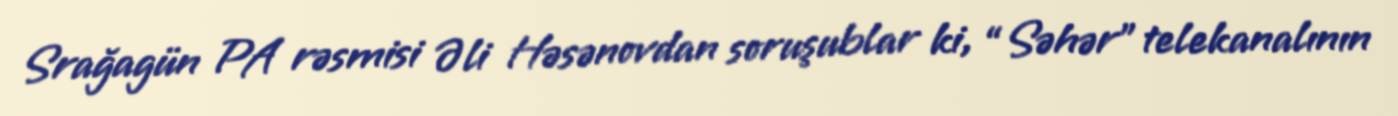
Srağagün PA rəsmisi Əli Həsənovdan soruşublar ki, “Səhər” telekanalının